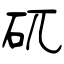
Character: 矹